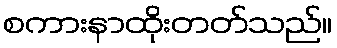
စကားနာထိုးတတ်သည်။